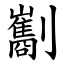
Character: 㔒